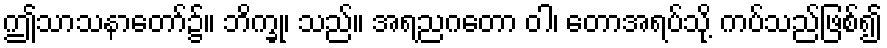
ဤသာသနာတော်၌။ ဘိက္ခု၊ သည်။ အရညဂတော ဝါ၊ တောအရပ်သို့ ကပ်သည်ဖြစ်၍